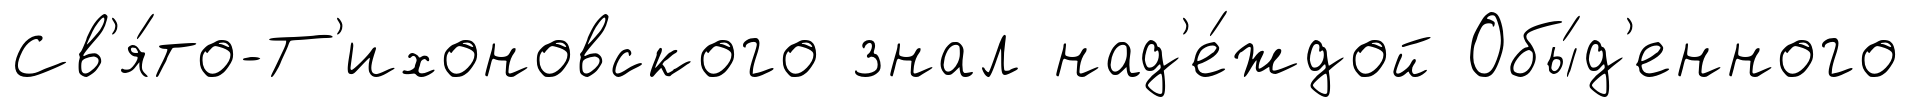
Св'я́то-Т'ихоновского знал над'е́ждой Обы́д'енного